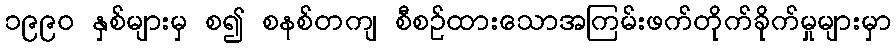
၁၉၉၀ နှစ်များမှ စ၍ စနစ်တကျ စီစဉ်ထားသောအကြမ်းဖက်တိုက်ခိုက်မှုများမှာ